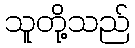
သူတို့သည်